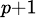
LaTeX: _{p+1}